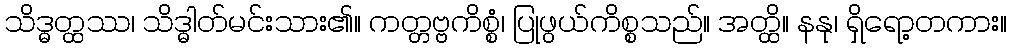
သိဒ္ဓတ္ထဿ၊ သိဒ္ဓါတ်မင်းသား၏။ ကတ္တဗ္ဗကိစ္စံ၊ ပြုဖွယ်ကိစ္စသည်။ အတ္ထိ။ နနု၊ ရှိရော့တကား။